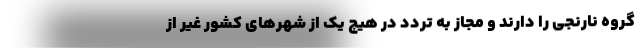
گروه نارنجی را دارند و مجاز به تردد در هیچ یک از شهرهای کشور غیر از